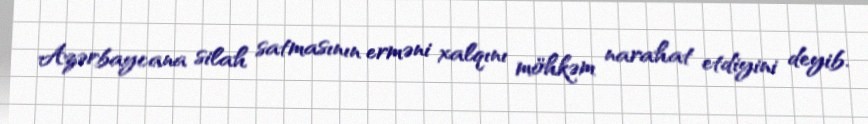
Azərbaycana silah satmasının erməni xalqını möhkəm narahat etdiyini deyib.